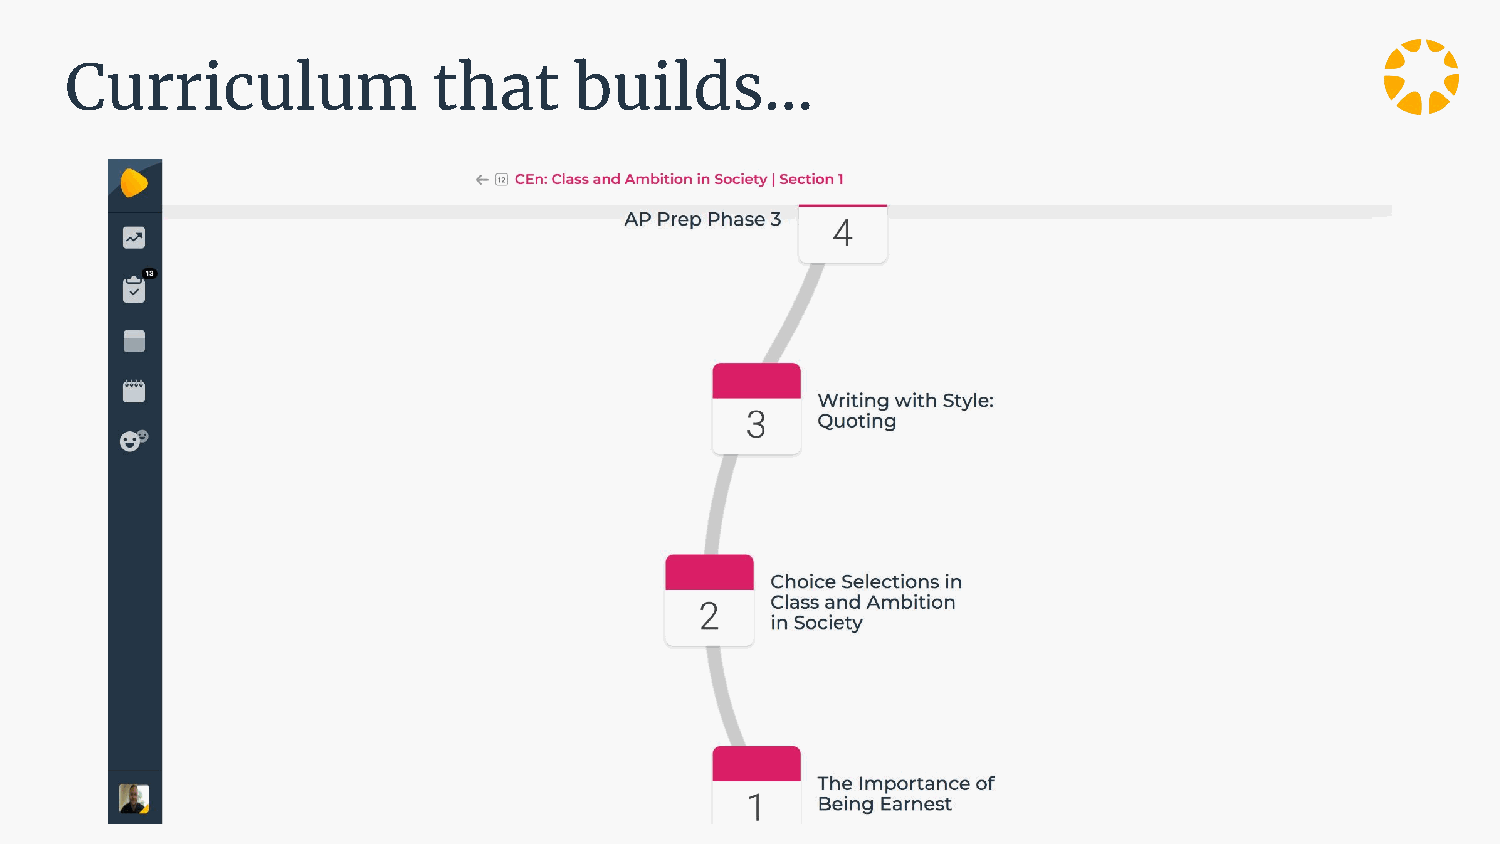
Curriculum               that     builds...